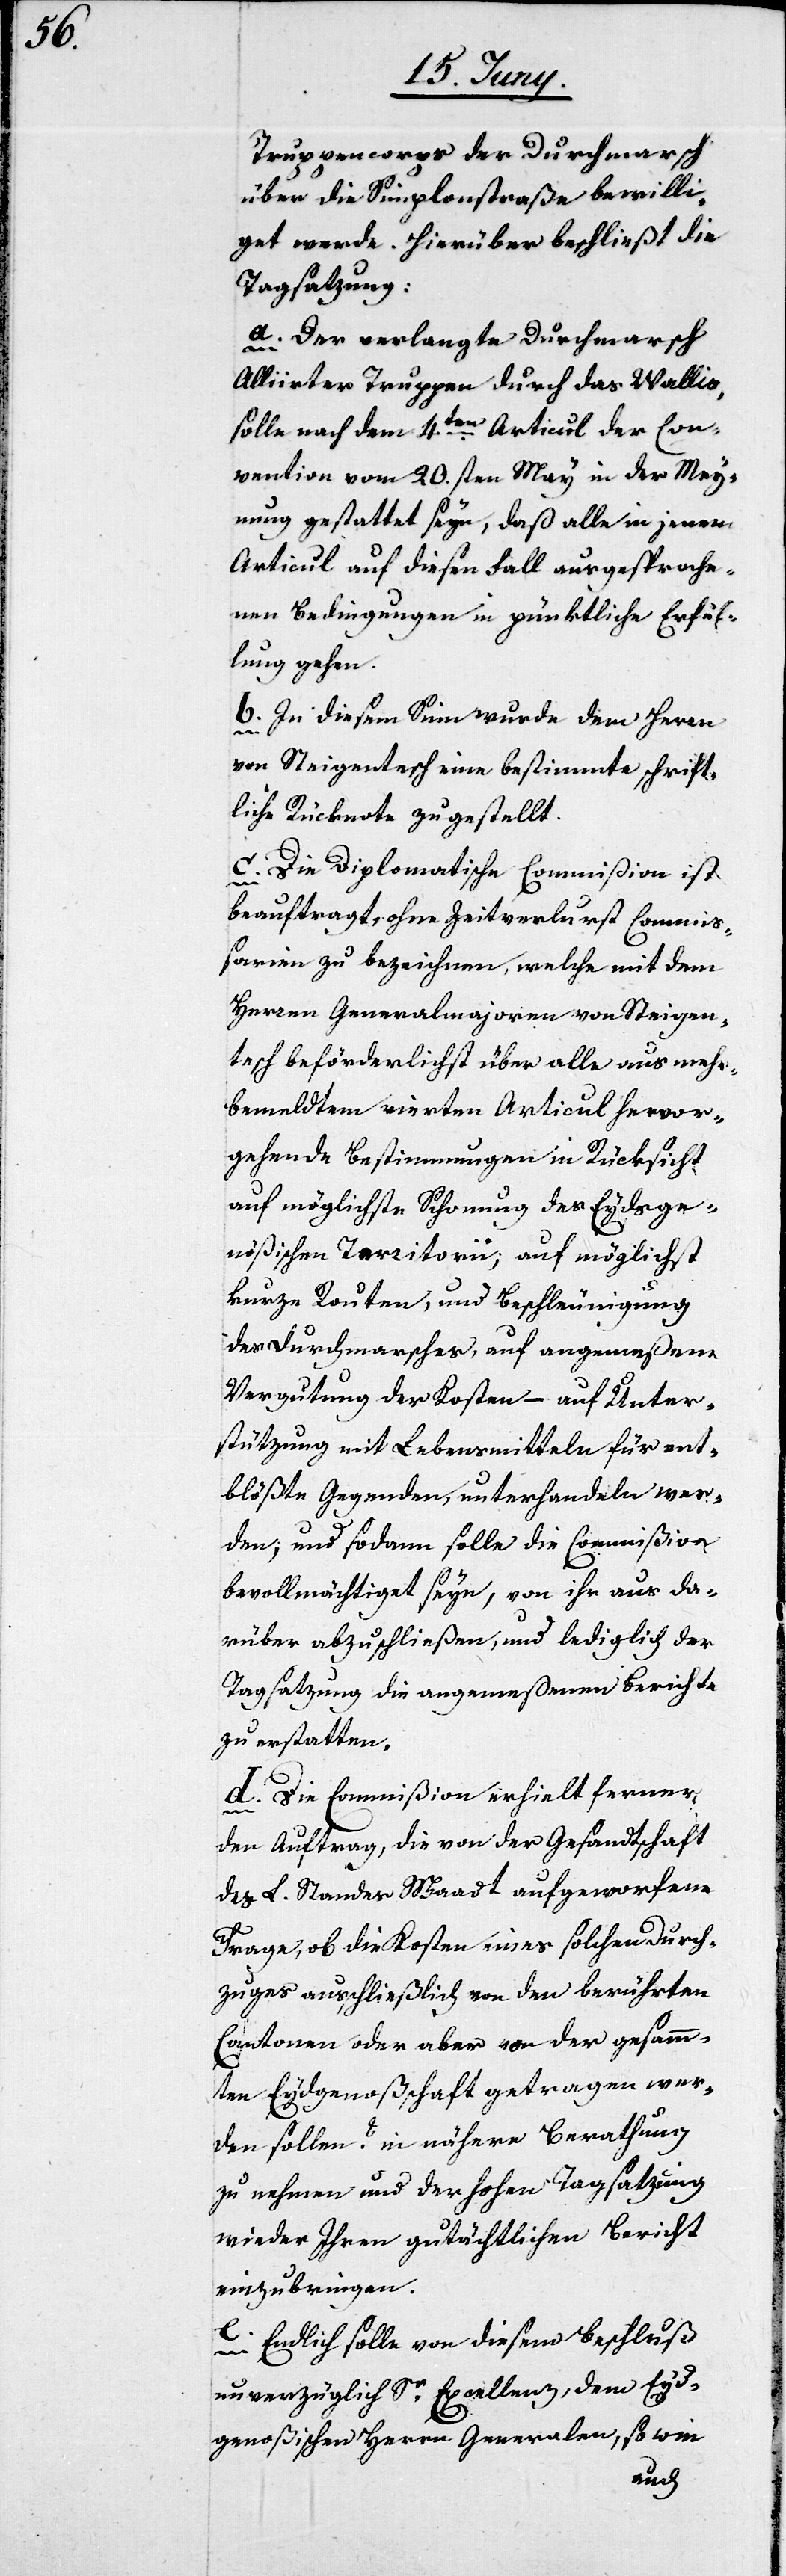
Truppencorps der Durchmarsch
über die Simplonstraße bewilli¬
get werde. Hierüber beschließt die
Tagsatzung:
a. Der verlangte Durchmarsch
Alliirter Truppen durch das Wallis,
solle nach dem 4ten Articul der Con¬
vention vom 20.sten May in der Mey¬
nung gestattet seyn, daß alle in jenem
Articul auf diesen Fall ausgesproche¬
nen Bedingungen in pünktliche Erfül¬
lung gehen.
b. In diesem Sinn wurde dem Herrn
von Steigentesch eine bestimmte schrift¬
liche Rückantwort zugestellt.
c. Die Diplomatische Commißion ist
beauftragt, ohne Zeitverlust Commi¬
ßarien zu bezeichnen, welche mit dem
Herren Generalmajoren von Steigen¬
tesch beförderlichst über alle aus mehr¬
bemeldtem vierten Articul hervor¬
gehende Bestimmungen in Rücksicht
auf möglichste Schonung des Eydsge¬
nößischen Territorii; auf Beschl¬
des Durchmarsches, auf angemeßene
Vergütung der Kosten – auf Unter¬
stützung mit Lebensmitteln für ent¬
blößte Gegenden, unterhandeln wer¬
den; und sodann solle die Commißion
bevollmächtiget seyn, von ihr aus da¬
rüber abzuschließen, und lediglich der
Tagsatzung die angemeßenen Berichte
zu erstatten.
d. Die Commißion erhielt ferner
den Auftrag, die von der Gesandtschaft
des L. Standes Waadt aufgeworfenen
Frage, ob die Kosten eines solchen Durch¬
zuges ausschließlich von den berührten
Cantonen oder aber von der gesamm¬
ten Eydgenoßschaft getragen wer¬
den sollen? in nähere Berathung
zu nehmen und der hohen Tagsatzung
wieder Ihren gutächtlichen Bericht
einzubringen.
e.
Endlich solle von diesem Beschluß
unverzüglich Sr Excellenz, dem Eyd¬
sgenoßischen Herrn Generalen, so wie
eunigung